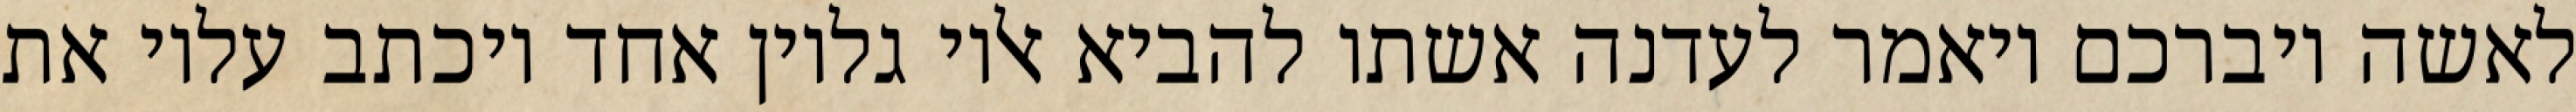
לאשה ויברכם ויאמר לעדנה אשתו להביא אליו גליון אחד ויכתב עליו את